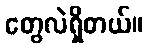
တွေလဲရှိတယ်။